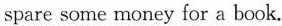
spare some money for a book.